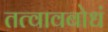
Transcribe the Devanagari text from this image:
तत्वावबोधं